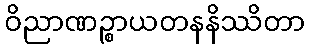
ဝိညာဏဉ္စာယတနနိဿိတာ